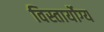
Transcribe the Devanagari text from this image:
विस्तार्योग्य